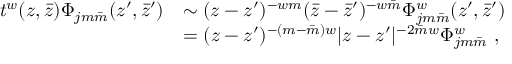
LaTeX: \begin{array} { c l } { { t ^ { w } ( z , \bar { z } ) \Phi _ { j m \bar { m } } ( z ^ { \prime } , \bar { z } ^ { \prime } ) } } & { { \sim ( z - z ^ { \prime } ) ^ { - w m } ( \bar { z } - \bar { z } ^ { \prime } ) ^ { - w \bar { m } } \Phi _ { j m \bar { m } } ^ { w } ( z ^ { \prime } , \bar { z } ^ { \prime } ) } } \\ { { } } & { { = ( z - z ^ { \prime } ) ^ { - ( m - \bar { m } ) w } | z - z ^ { \prime } | ^ { - 2 \bar { m } w } \Phi _ { j m \bar { m } } ^ { w } ~ , } } \end{array}